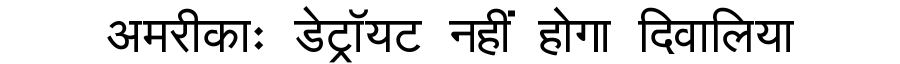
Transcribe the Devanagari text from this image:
अमरीकाः डेट्रॉयट नहीं होगा दिवालिया